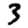
Digit: 3